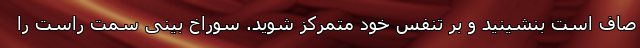
صاف است بنشینید و بر تنفس خود متمرکز شوید. سوراخ بینی سمت راست را